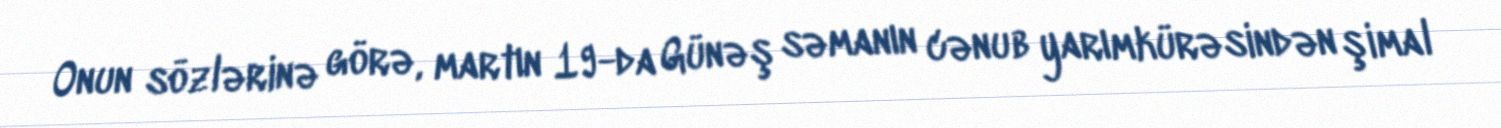
Onun sözlərinə görə, martın 19-da Günəş səmanın cənub yarımkürəsindən şimal